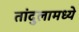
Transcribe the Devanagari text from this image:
तांदुलामध्ये